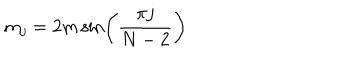
m _ { j } = 2 m \, { \sin \left( \frac { \pi j } { N - 2 } \right) }